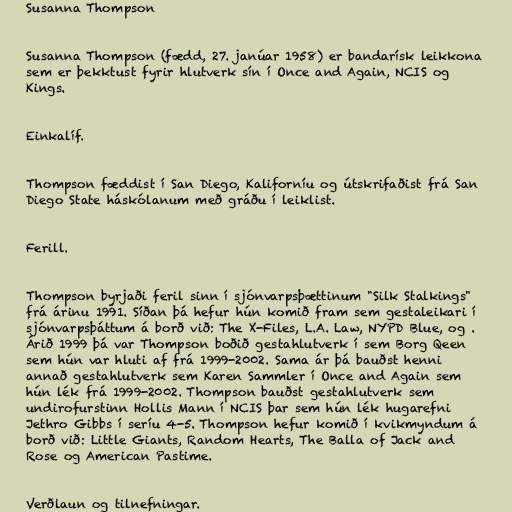
Susanna Thompson

Susanna Thompson (fædd, 27. janúar 1958) er bandarísk leikkona
sem er þekktust fyrir hlutverk sín í Once and Again, NCIS og
Kings.

Einkalíf.

Thompson fæddist í San Diego, Kaliforníu og útskrifaðist frá San
Diego State háskólanum með gráðu í leiklist.

Ferill.

Thompson byrjaði feril sinn í sjónvarpsþættinum "Silk Stalkings"
frá árinu 1991. Síðan þá hefur hún komið fram sem gestaleikari í
sjónvarpsþáttum á borð við: The X-Files, L.A. Law, NYPD Blue, og .
Árið 1999 þá var Thompson boðið gestahlutverk í sem Borg Qeen
sem hún var hluti af frá 1999-2002. Sama ár þá bauðst henni
annað gestahlutverk sem Karen Sammler í Once and Again sem
hún lék frá 1999-2002. Thompson bauðst gestahlutverk sem
undirofurstinn Hollis Mann í NCIS þar sem hún lék hugarefni
Jethro Gibbs í seríu 4-5. Thompson hefur komið í kvikmyndum á
borð við: Little Giants, Random Hearts, The Balla of Jack and
Rose og American Pastime.

Verðlaun og tilnefningar.